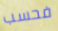
فحسب